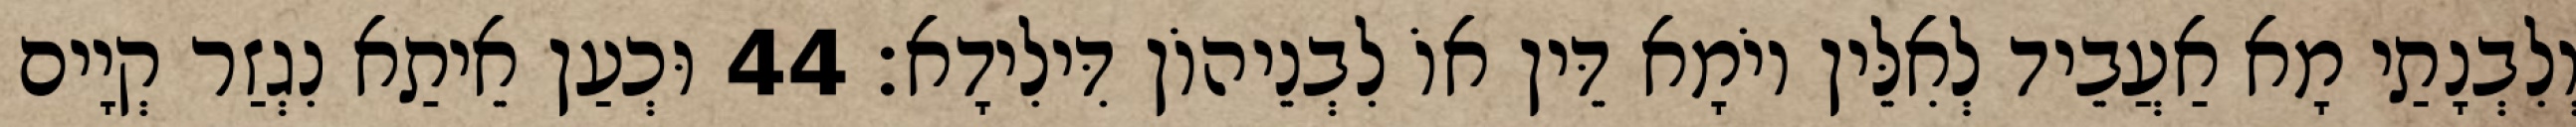
וְלִבְנָתַי מָא אַעֲבֵיד לְאִלֵּין יוֹמָא דֵּין אוֹ לִבְנֵיהוֹן דִּילִידָא׃ 44 וּכְעַן אֵיתַא נִגְזַר קְיָים